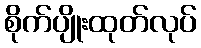
စိုက်ပျိုးထုတ်လုပ်